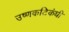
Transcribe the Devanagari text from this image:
उष्णकटिकंधी